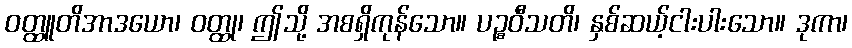
ဝတ္ထူတိအာဒယော၊ ဝတ္ထု၊ ဤသို့ အစရှိကုန်သော။ ပဉ္စဝီသတိ၊ နှစ်ဆယ့်ငါးပါးသော။ ဒုကာ၊